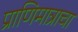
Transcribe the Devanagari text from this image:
प्राणिमात्राचा